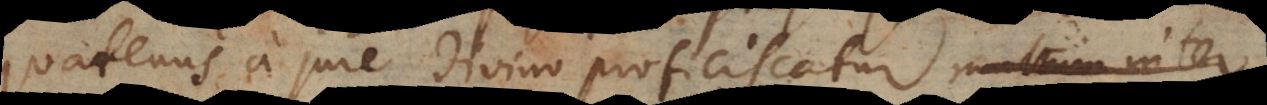
quatenus a jure divino proficiscatur, in